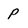
Character: P